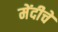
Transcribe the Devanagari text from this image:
मेंदीचे